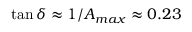
\tan \delta \approx 1 / A _ { m a x } \approx 0 . 2 3